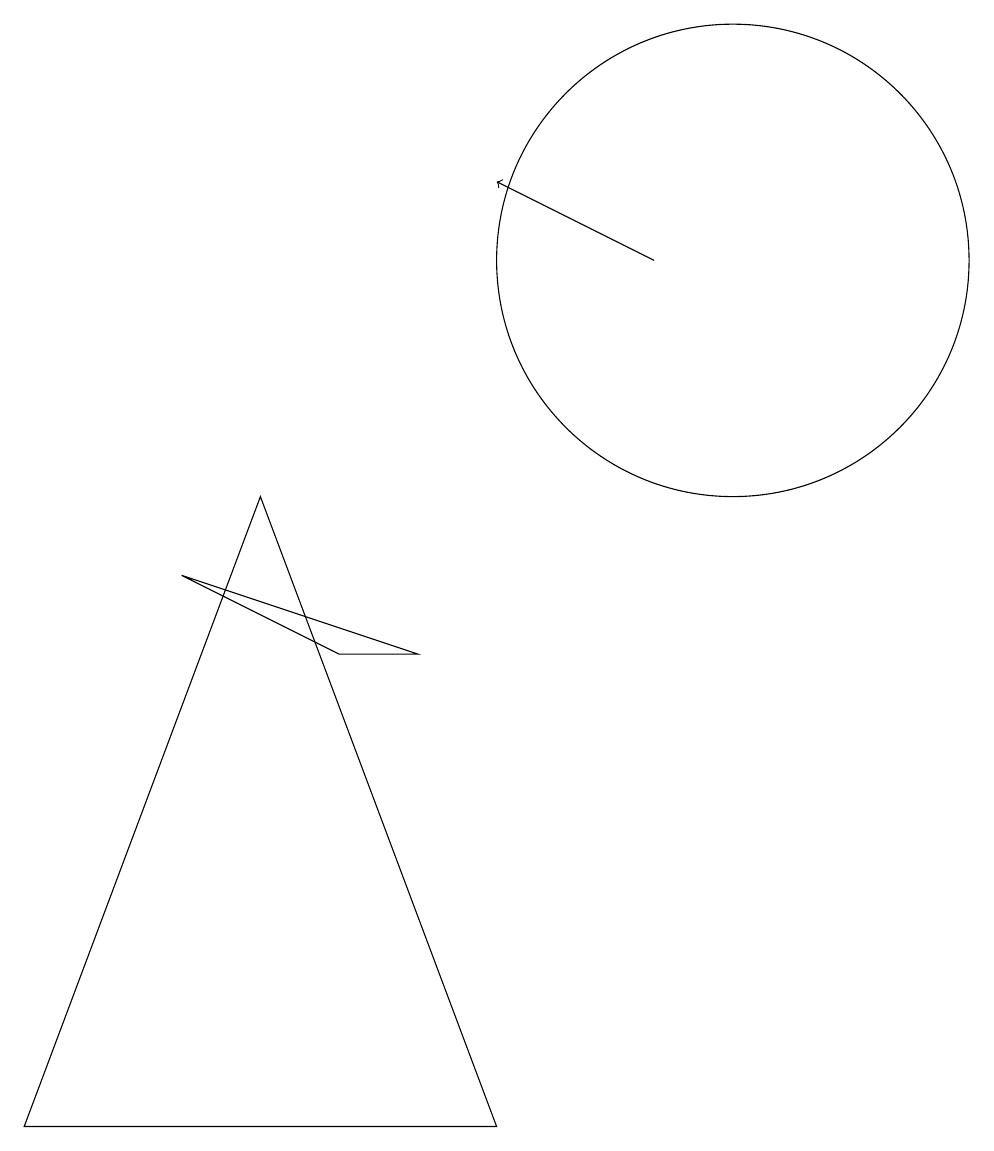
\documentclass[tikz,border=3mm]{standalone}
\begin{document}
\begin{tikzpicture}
\draw (10,11) circle (3);
\draw[->] (9,11) -- (7,12);
\draw (4,8) -- (1,0) -- (7,0) -- cycle;
\draw (3,7) -- (6,6) -- (5,6) -- cycle;
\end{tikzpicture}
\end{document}